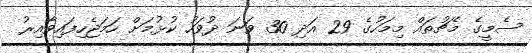
ސެމީގެ މެޗުތައް މިމަހުގެ 29 އަދި 30 ވަނަ ދުވަހު ކުޅުމަށް ހަމަޖެހިފައިވާއިރު